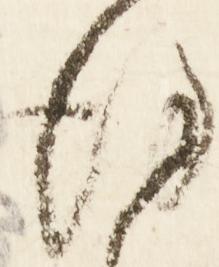
謹